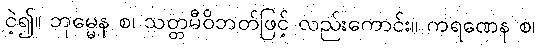
ငဲ့၍။ ဘုမ္မေန စ၊ သတ္တမီဝိဘတ်ဖြင့် လည်းကောင်း။ ကရဏေန စ၊